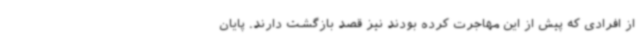
از افرادی که پیش از این مهاجرت کرده بودند نیز قصد بازگشت دارند. پایان